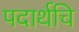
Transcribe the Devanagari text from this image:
पदार्थचि